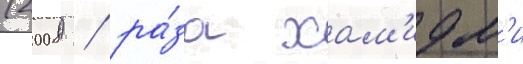
(2008) / ра́за хам'идм'и